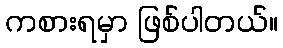
ကစားရမှာ ဖြစ်ပါတယ်။